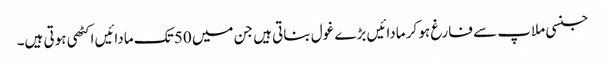
جنسی ملاپ سے فارغ ہو کر مادائیں بڑے غول بناتی ہیں جن میں 50 تک مادائیں اکٹھی ہوتی ہیں۔